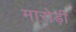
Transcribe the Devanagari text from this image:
मारोड़ी